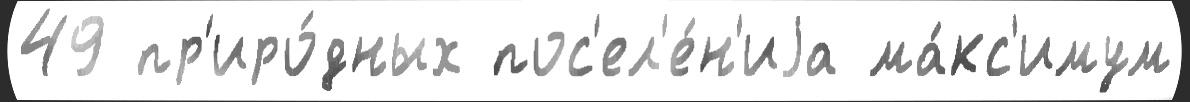
49 пр'иро́дных пос'ел'е́н'иjа ма́кс'имум